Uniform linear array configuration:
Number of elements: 12
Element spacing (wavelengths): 0.75
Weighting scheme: cosine
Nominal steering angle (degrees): -45
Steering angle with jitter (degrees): -44.176
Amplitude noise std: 0.05
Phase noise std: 0.05

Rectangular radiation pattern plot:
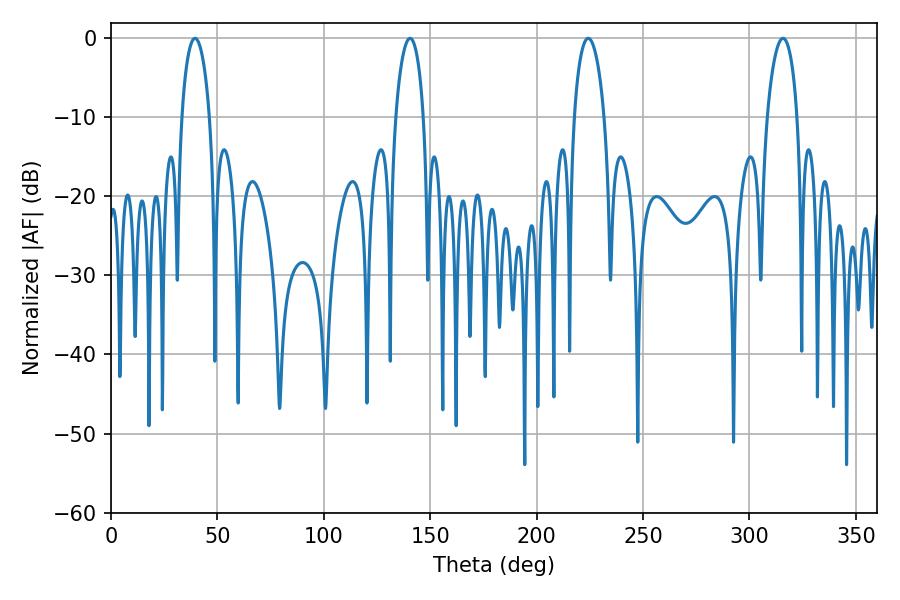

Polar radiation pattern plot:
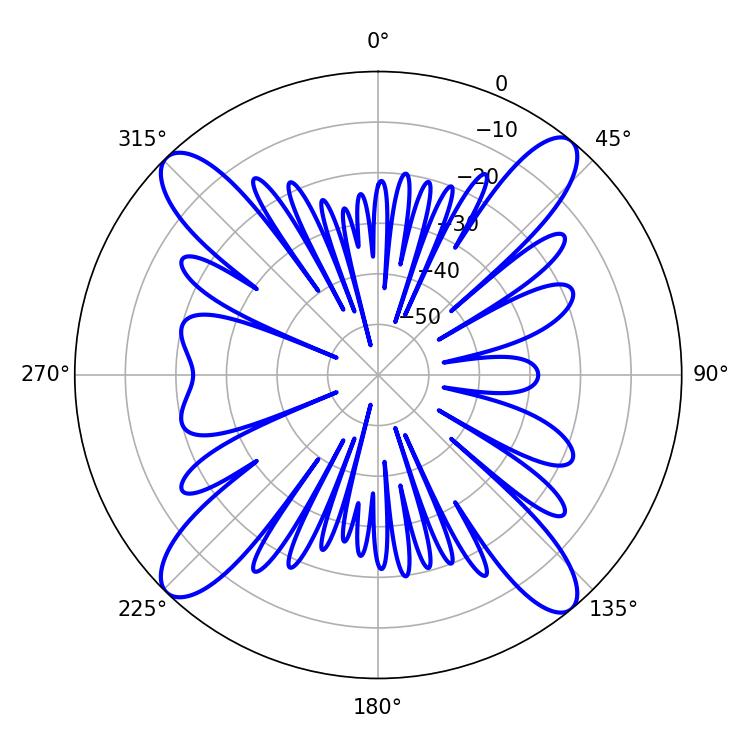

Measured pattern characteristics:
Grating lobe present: TRUE
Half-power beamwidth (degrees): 8.1
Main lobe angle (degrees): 224.28